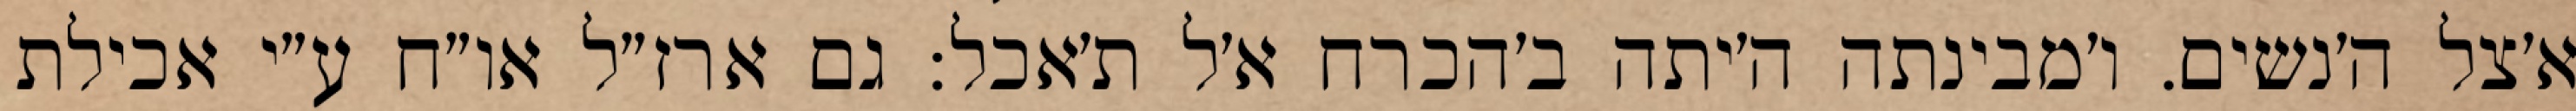
א׳צל ה׳נשים. ו׳מבינתה ה׳יתה ב׳הכרח א׳ל ת׳אכל: גם ארז״ל או״ח ע״י אכילת